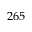
2 6 5